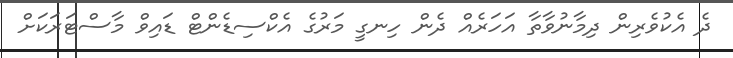
ދެ އެކުވެރިން ދިމާނުވާތާ އަހަރެއް ދެން ހިނގީ މަރުގެ އެކްސިޑެންޓް ޑައިވް މާސްޓަރަކަށް